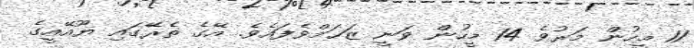
11 މީހުން މަރުވެ 14 މީހުން ވަނީ ޒަަޚަމްވެފައެވެ. އޭގެ ތެރޭގައި ޔޫއޭއީގެ